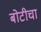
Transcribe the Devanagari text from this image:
बोटीचा